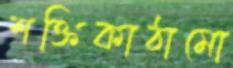
শক্তিকাঠামো